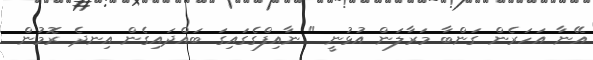
އޭނާ އަހަރެން ގަންބާ މަރާލަން އުޅުނީ " ނާއިފްގެގައިގަ ބައްދައިގެން އިނދެ ރޮމުން